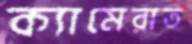
ক্যামেরাত